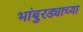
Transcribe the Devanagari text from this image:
भांबुरड्याच्‍या